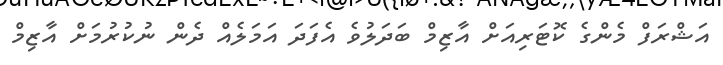
އަޝްރަފް މެންގެ ކޮޓަރިއަށް އާޒިމް ބަދަލުވެ އެފަދަ އަމަލެއް ދެން ނުކުރުމަށް އާޒިމް